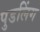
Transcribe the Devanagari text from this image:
पुडलिंग